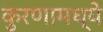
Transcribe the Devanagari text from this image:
कुरणामध्ये